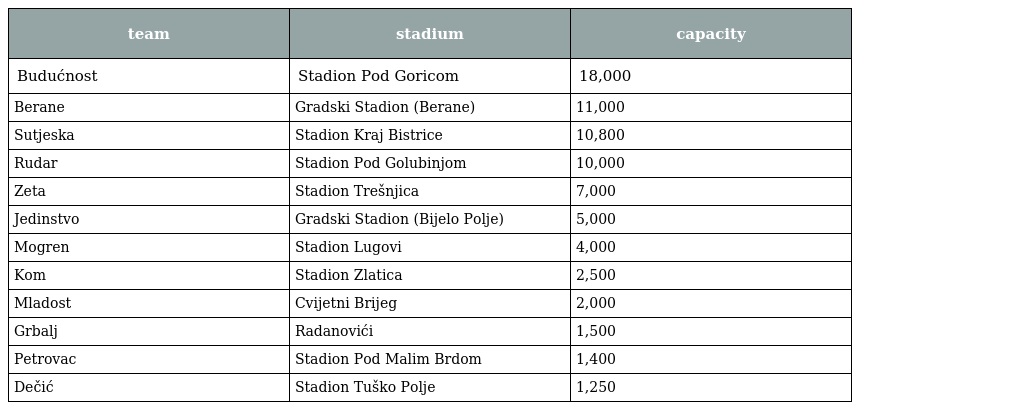
| team | stadium | capacity |
 | --- | --- | --- |
 | Budućnost | Stadion Pod Goricom | 18,000 |
 | Berane | Gradski Stadion (Berane) | 11,000 |
 | Sutjeska | Stadion Kraj Bistrice | 10,800 |
 | Rudar | Stadion Pod Golubinjom | 10,000 |
 | Zeta | Stadion Trešnjica | 7,000 |
 | Jedinstvo | Gradski Stadion (Bijelo Polje) | 5,000 |
 | Mogren | Stadion Lugovi | 4,000 |
 | Kom | Stadion Zlatica | 2,500 |
 | Mladost | Cvijetni Brijeg | 2,000 |
 | Grbalj | Radanovići | 1,500 |
 | Petrovac | Stadion Pod Malim Brdom | 1,400 |
 | Dečić | Stadion Tuško Polje | 1,250 |